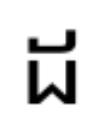
ដ